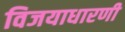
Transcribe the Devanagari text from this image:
विजयाधारणी